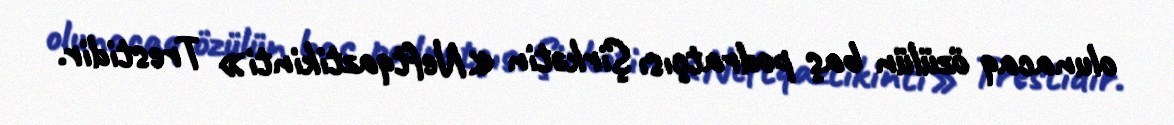
olunacaq özülün baş podratçısı Şirkətin «Neftqaztikinti» Trestidir.